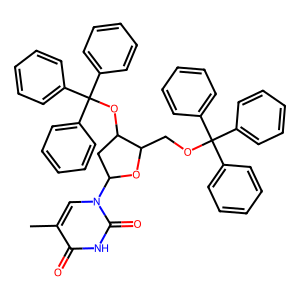
SMILES: Cc1cn(C2CC(OC(c3ccccc3)(c3ccccc3)c3ccccc3)C(COC(c3ccccc3)(c3ccccc3)c3ccccc3)O2)c(=O)[nH]c1=O
Inhibits HIV replication: No